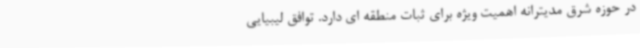
در حوزه شرق مدیترانه اهمیت ویژه برای ثبات منطقه ای دارد. توافق لیبیایی